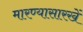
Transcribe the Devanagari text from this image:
मारण्यासारखें